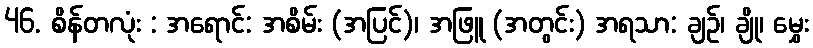
46. စိန်တလုံး : အရောင်: အစိမ်း (အပြင်)၊ အဖြူ (အတွင်း) အရသာ: ချဉ်၊ ချို၊ မွှေး